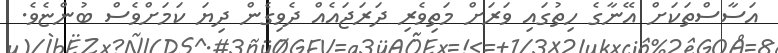
އަސާސްތަކަށް އޭނާގެ ހިތުގައި ވަރަށް މަތިވެރި ދަރަޖައެއް ދެވިގެން ދިޔަ ކަމަށްވެސް ބުންޏެވެ.